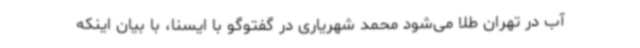
آب در تهران طلا می‌شود محمد شهریاری در گفتوگو با ایسنا، با بیان اینکه